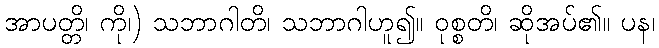
အာပတ္တိ၊ ကို၊) သဘာဂါတိ၊ သဘာဂါဟူ၍။ ဝုစ္စတိ၊ ဆိုအပ်၏။ ပန၊